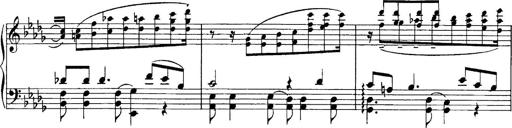
Title: Sonatina No.6
Composer: Ferruccio Busoni